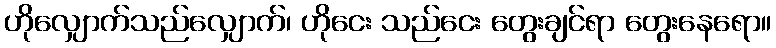
ဟိုလျှောက်သည်လျှောက်၊ ဟိုငေး သည်ငေး တွေးချင်ရာ တွေးနေရော။